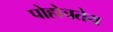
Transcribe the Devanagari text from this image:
पोहोचतेय